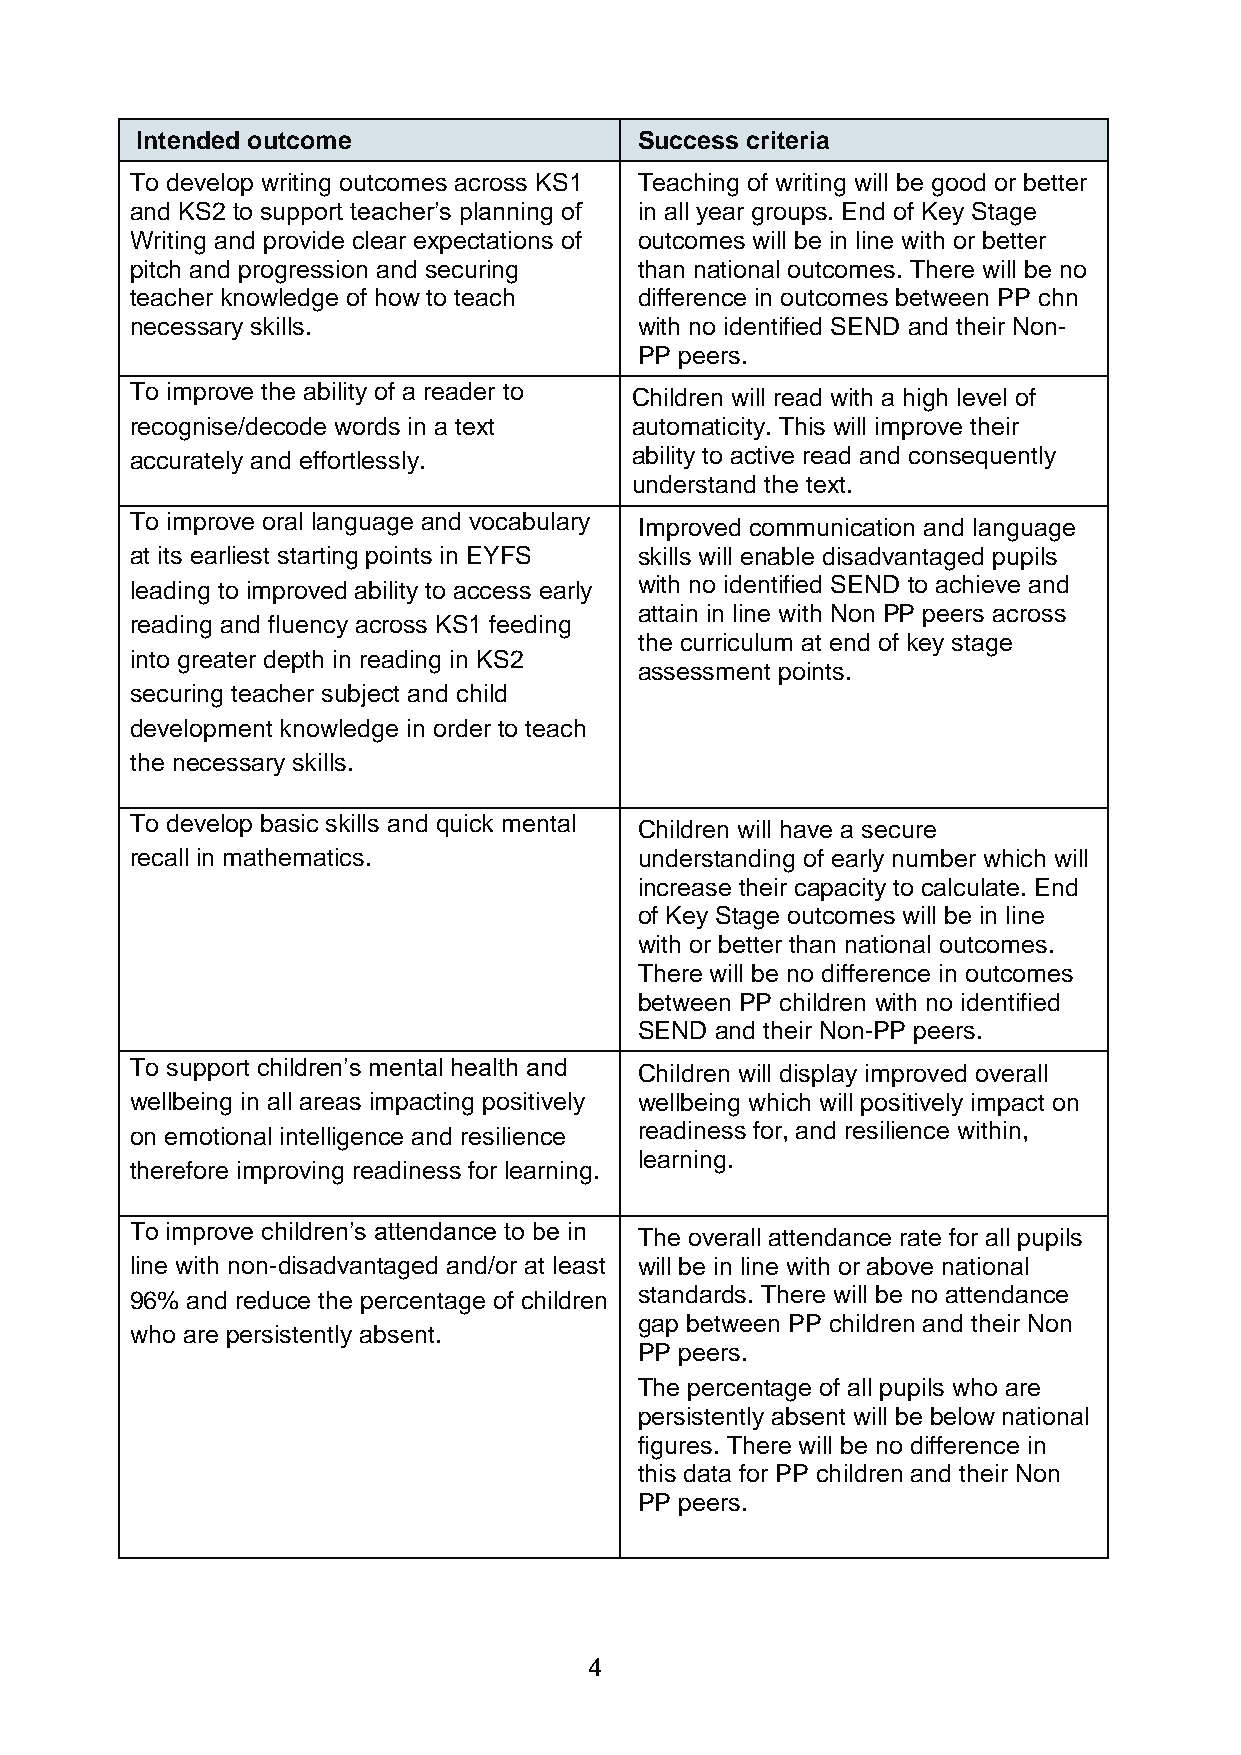
Intended outcome                 Success criteria
 To develop writing outcomes across KS1 Teaching of writing will be good or better
 and KS2 to support teacher’s planning of in all year groups. End of Key Stage
 Writing and provide clear expectations of outcomes will be in line with or better
 pitch and progression and securing than national outcomes. There will be no
 teacher knowledge of how to teach difference in outcomes between PP chn
 necessary skills.                with no identified SEND and their Non-
 PP peers.
 To improve the ability of a reader to Children will read with a high level of
 recognise/decode words in a text automaticity. This will improve their
 accurately and effortlessly.     ability to active read and consequently
 understand the text.
 To improve oral language and vocabulary Improved communication and language
 at its earliest starting points in EYFS skills will enable disadvantaged pupils
 leading to improved ability to access early with no identified SEND to achieve and
 attain in line with Non PP peers across
 reading and fluency across KS1 feeding
 the curriculum at end of key stage
 into greater depth in reading in KS2
 assessment points.
 securing teacher subject and child
 development knowledge in order to teach
 the necessary skills.
 To develop basic skills and quick mental Children will have a secure
 recall in mathematics.           understanding of early number which will
 increase their capacity to calculate. End
 of Key Stage outcomes will be in line
 with or better than national outcomes.
 There will be no difference in outcomes
 between PP children with no identified
 SEND and their Non-PP peers.
 To support children’s mental health and Children will display improved overall
 wellbeing in all areas impacting positively wellbeing which will positively impact on
 on emotional intelligence and resilience readiness for, and resilience within,
 learning.
 therefore improving readiness for learning.
 To improve children’s attendance to be in The overall attendance rate for all pupils
 line with non-disadvantaged and/or at least will be in line with or above national
 96% and reduce the percentage of children standards. There will be no attendance
 gap between PP children and their Non
 who are persistently absent.
 PP peers.
 The percentage of all pupils who are
 persistently absent will be below national
 figures. There will be no difference in
 this data for PP children and their Non
 PP peers.
 4